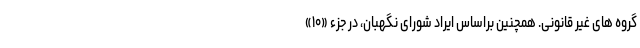
گروه های غیر قانونی. همچنین براساس ایراد شورای نگهبان، در جزء «۱۰»